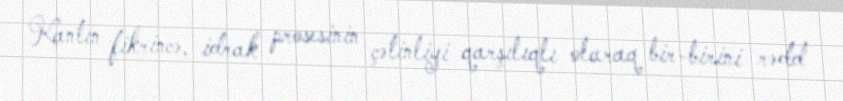
Kantın fikrincə, idrak prosesinin çətinliyi qarşılıqlı olaraq bir-birini rədd